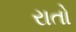
રાતો